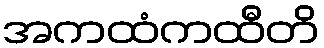
အကထံကထီတိ